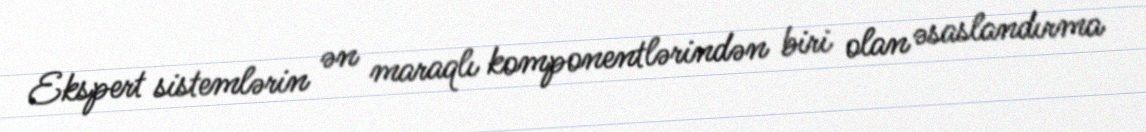
Ekspert sistemlərin ən maraqlı komponentlərindən biri olan əsaslandırma